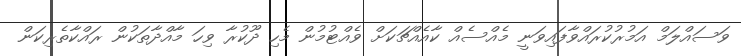
ވަސައްލަމް އަމުރުކުރައްވާފައިވަނީ މެއްސެއް ކާއެއްޗަކަށް ވެއްޓުމުން މެހި ދޫކުރާ ވިހަ މާއްދާތަކުން ރައްކާތެރިކަން